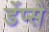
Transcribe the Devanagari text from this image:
डेंप्से